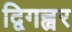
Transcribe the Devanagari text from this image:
द्विगह्वर